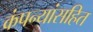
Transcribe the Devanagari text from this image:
कंपन्यांसहित